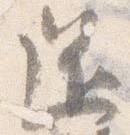
還